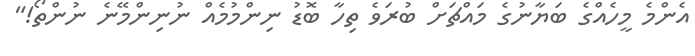
އެންމެ މީހެއްގެ ބަޔާނުގެ މައްޗަށް ބުރަވެ ތިހާ ބޮޑު ނިންމުމެއް ނުނިންމޭނެ ނުންތޯ!"